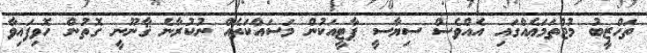
ތަހްޒީބު މުޖްތަމަޢެއްގައި އެއްވެސް ސިޔާސީ ޕާޓީއަކުން މަސައްކަތެއް ނުކުރާނެ ޤާނޫނީ ގޮތުން ހޮވިފައިވާ